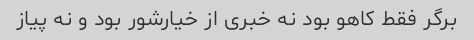
برگر فقط کاهو بود نه خبری از خیارشور بود و نه پیاز